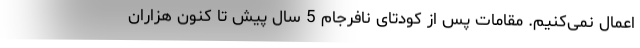
اعمال نمی‌کنیم. مقامات پس از کودتای نافرجام 5 سال پیش تا کنون هزاران